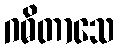
ဂဓိတာသေ